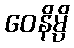
ဝေနိမ္ပိ